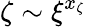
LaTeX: \zeta\sim\xi^{x_{\zeta}}